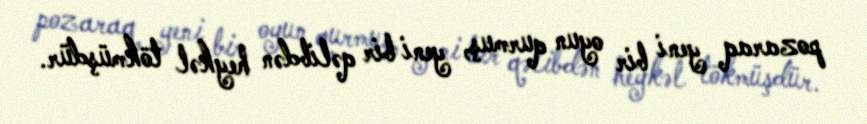
pozaraq yeni bir oyun qurmuş, yeni bir qəlibdən heykəl tökmüşdür.